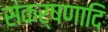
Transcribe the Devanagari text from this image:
संकर्षणादि